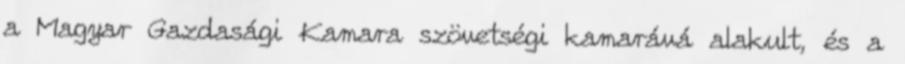
a Magyar Gazdasági Kamara szövetségi kamarává alakult, és a